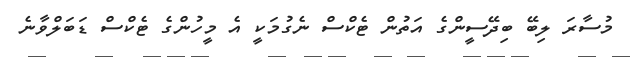
މުސާރަ ލިބޭ ބިދޭސީންގެ އަތުން ޓެކްސް ނެގުމަކީ އެ މީހުންގެ ޓެކްސް ޑަބަލްވާނެ